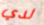
لدي